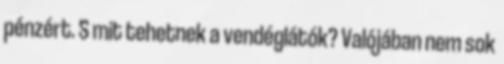
pénzért. S mit tehetnek a vendéglátók? Valójában nem sok